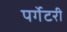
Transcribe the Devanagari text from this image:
पर्गेटरी